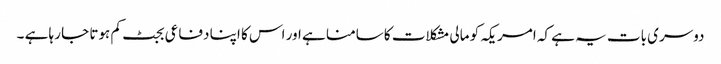
دوسری بات یہ ہے کہ امریکہ کو مالی مشکلات کا سامنا ہے اور اس کا اپنا دفاعی بجٹ کم ہوتا جا رہا ہے ۔